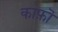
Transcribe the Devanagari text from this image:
काफ़ॊ